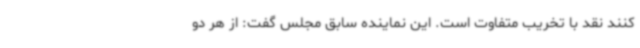
کنند نقد با تخریب متفاوت است. این نماینده سابق مجلس گفت: از هر دو